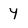
Character: 4